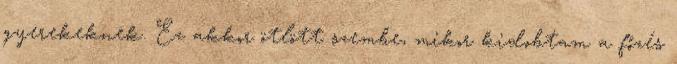
gyerekeknek. Ez akkor ötlött szembe, mikor kidobtam a főzés